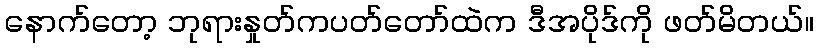
နောက်တော့ ဘုရားနှုတ်ကပတ်တော်ထဲက ဒီအပိုဒ်ကို ဖတ်မိတယ်။